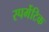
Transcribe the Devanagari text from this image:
स्पर्मेटिक